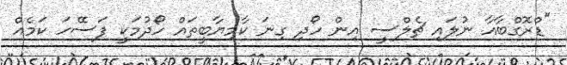
"ޑްރޮގްބާއާ ނުލައި ޗެލްސީ އިން ހޯދި ގިނަ ކާމިޔާބީތައް ހޯދުމަކީ ފަސޭހަ ކަމެއް